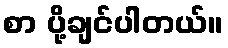
စာ ပို့ချင်ပါတယ်။